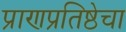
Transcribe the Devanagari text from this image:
प्राणप्रतिष्ठेचा